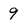
Character: 9